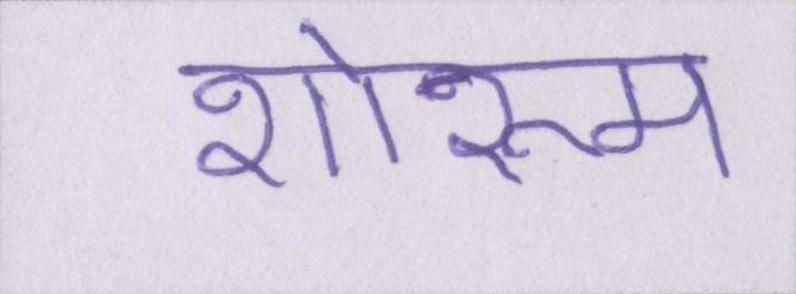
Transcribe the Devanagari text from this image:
शोरूम